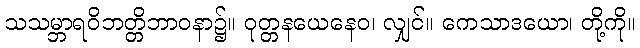
သသမ္ဘာရဝိဘတ္တိဘာဝနာ၌။ ဝုတ္တနယေနေဝ၊ လျှင်။ ကေသာဒယော၊ တို့ကို။